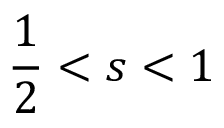
\frac 1 2 < s < 1